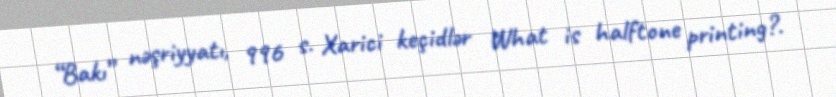
“Bakı” nəşriyyatı, 996 s. Xarici keçidlər What is halftone printing?.